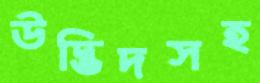
উদ্ভিদসহ